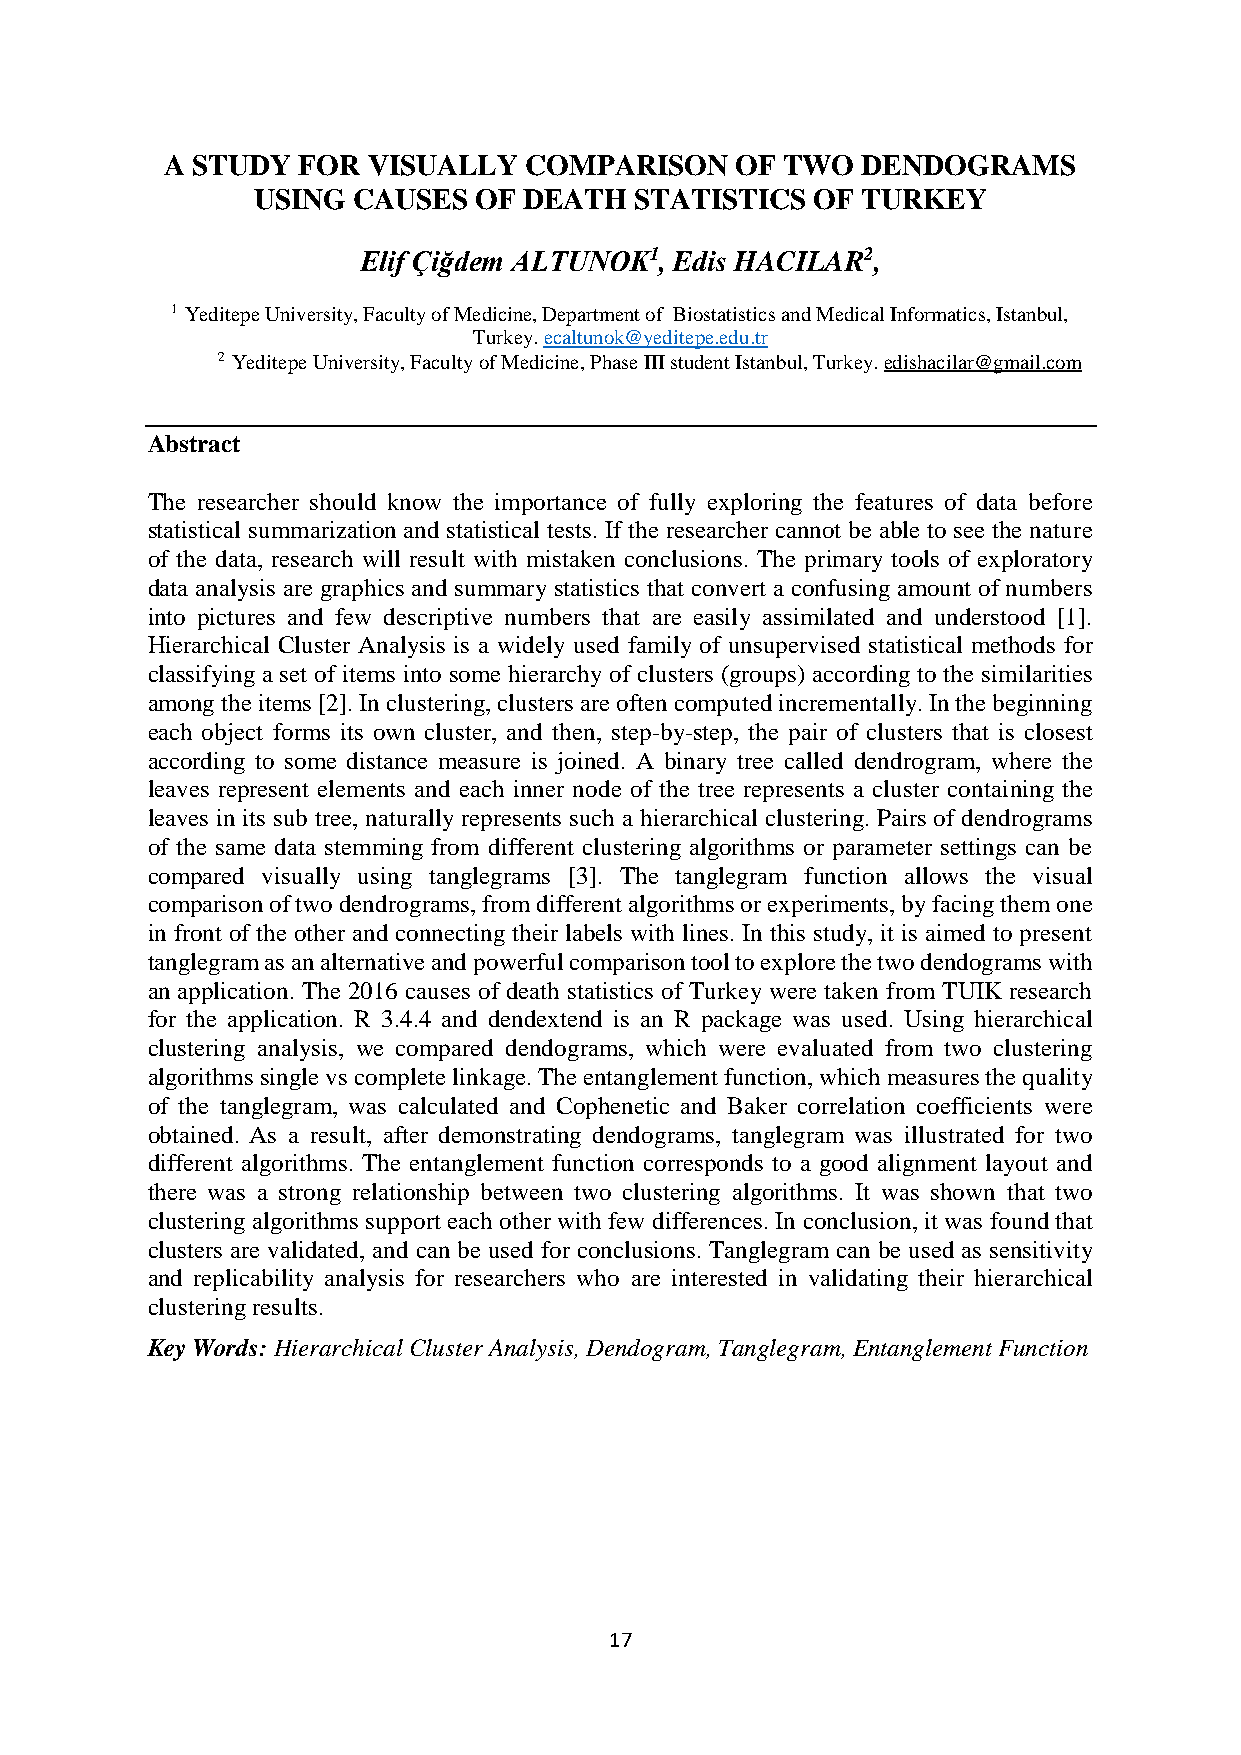
A STUDY  FOR VISUALLY   COMPARISON    OF TWO  DENDOGRAMS
 USING CAUSES  OF  DEATH  STATISTICS  OF TURKEY
 Elif Çiğdem ALTUNOK1, Edis HACILAR2,
 1 Yeditepe University, Faculty of Medicine, Department of Biostatistics and Medical Informatics, Istanbul,
 Turkey. ecaltunok@yeditepe.edu.tr
 2 Yeditepe University, Faculty of Medicine, Phase III student Istanbul, Turkey. edishacilar@gmail.com
 Abstract
 The researcher should know the importance of fully exploring the features of data before
 statistical summarization and statistical tests. If the researcher cannot be able to see the nature
 of the data, research will result with mistaken conclusions. The primary tools of exploratory
 data analysis are graphics and summary statistics that convert a confusing amount of numbers
 into pictures and few descriptive numbers that are easily assimilated and understood [1].
 Hierarchical Cluster Analysis is a widely used family of unsupervised statistical methods for
 classifying a set of items into some hierarchy of clusters (groups) according to the similarities
 among the items [2]. In clustering, clusters are often computed incrementally. In the beginning
 each object forms its own cluster, and then, step-by-step, the pair of clusters that is closest
 according to some distance measure is joined. A binary tree called dendrogram, where the
 leaves represent elements and each inner node of the tree represents a cluster containing the
 leaves in its sub tree, naturally represents such a hierarchical clustering. Pairs of dendrograms
 of the same data stemming from different clustering algorithms or parameter settings can be
 compared visually using tanglegrams [3]. The tanglegram function allows the visual
 comparison of two dendrograms, from different algorithms or experiments, by facing them one
 in front of the other and connecting their labels with lines. In this study, it is aimed to present
 tanglegram as an alternative and powerful comparison tool to explore the two dendograms with
 an application. The 2016 causes of death statistics of Turkey were taken from TUIK research
 for the application. R 3.4.4 and dendextend is an R package was used. Using hierarchical
 clustering analysis, we compared dendograms, which were evaluated from two clustering
 algorithms single vs complete linkage. The entanglement function, which measures the quality
 of the tanglegram, was calculated and Cophenetic and Baker correlation coefficients were
 obtained. As a result, after demonstrating dendograms, tanglegram was illustrated for two
 different algorithms. The entanglement function corresponds to a good alignment layout and
 there was a strong relationship between two clustering algorithms. It was shown that two
 clustering algorithms support each other with few differences. In conclusion, it was found that
 clusters are validated, and can be used for conclusions. Tanglegram can be used as sensitivity
 and replicability analysis for researchers who are interested in validating their hierarchical
 clustering results.
 Key Words: Hierarchical Cluster Analysis, Dendogram, Tanglegram, Entanglement Function
 17